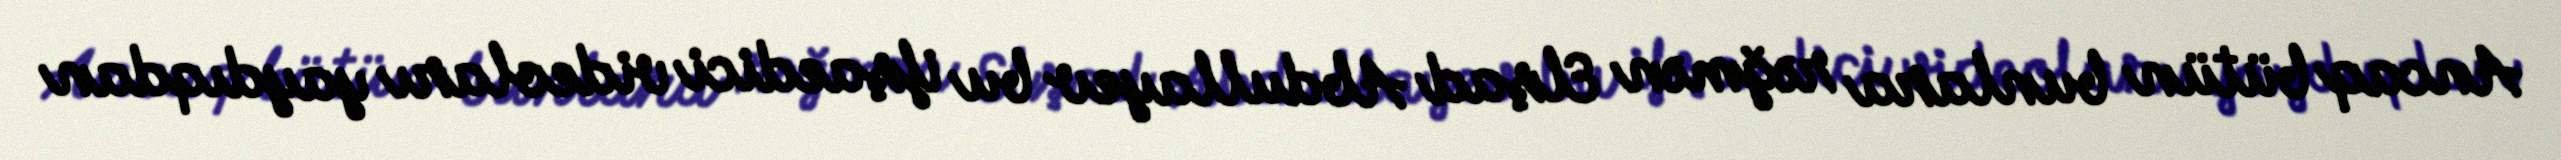
Ancaq bütün bunlara rəğmən Elşad Abdullayev bu ifşaedici videoları yaydıqdan